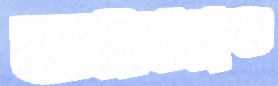
তাম্রকুণ্ড